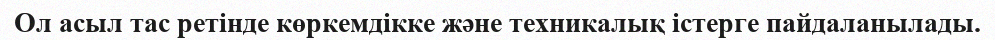
Ол асыл тас ретінде көркемдікке және техникалық істерге пайдаланылады.